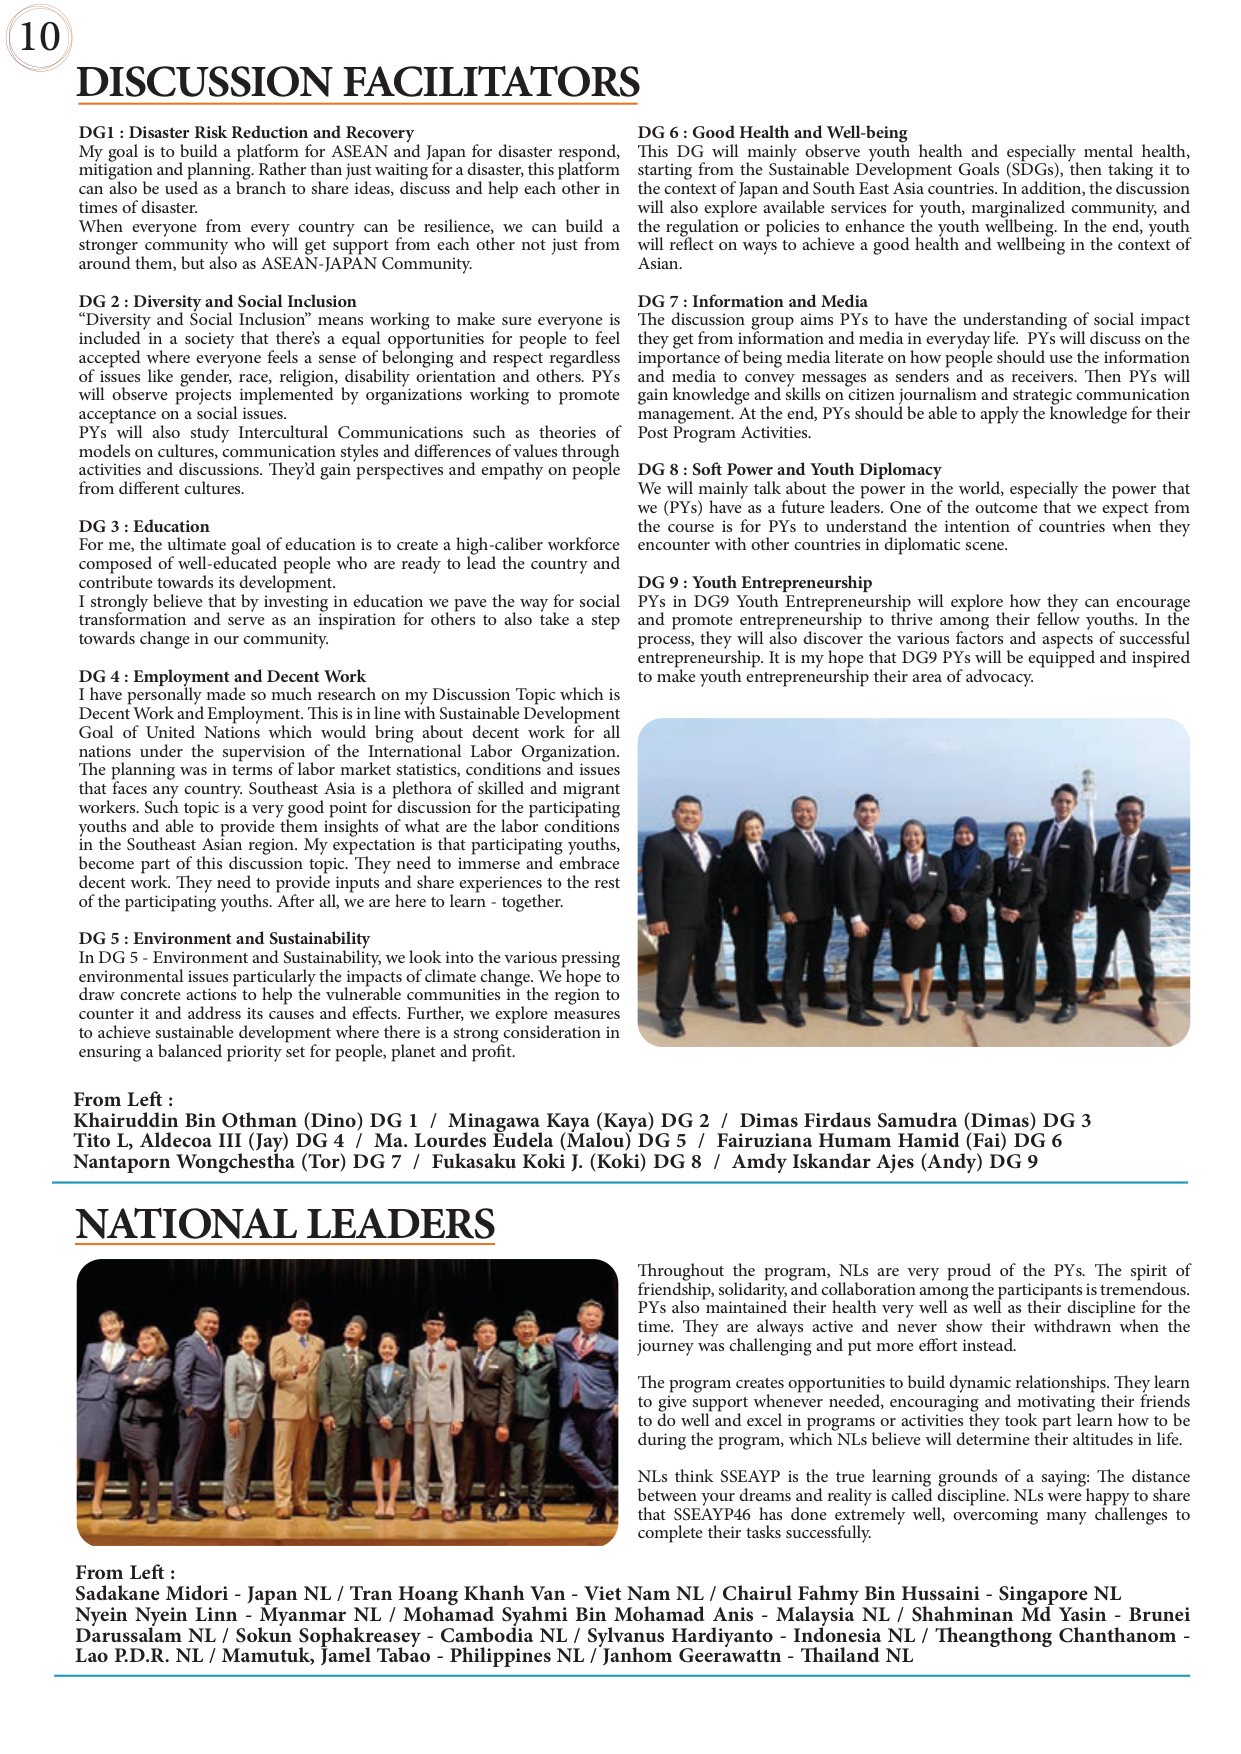
10
DISCUSSION FACILITATORS
DG1 : Disaster Risk Reduction and Recovery
My goal is to build a platform for ASEAN and Japan for disaster respond, mitigation and planning. Rather than just waiting for a disaster, this platform can also be used as a branch to share ideas, discuss and help each other in times of disaster.
When everyone from every country can be resilience, we can build a stronger community who will get support from each other not just from around them, but also as ASEAN-JAPAN Community.
DG 2 : Diversity and Social Inclusion
"Diversity and Social Inclusion" means working to make sure everyone is included in a society that's equal opportunities for people to feel accepted where everyone feels a sense of belonging and respect regardless of issues like gender, race, religion, disability orientation and others. PYs will observe projects implemented by organizations working to promote acceptance on a social issues.
PYs will also study Intercultural Communications such as theories of models on cultures, communication styles and differences of values through activities and discussions. They'd gain perspectives and empathy on people from different cultures.
DG 3 : Education
For me, the ultimate goal of education is to create a high-caliber workforce composed of well-educated people who are ready to lead the country and contribute toward its development.
I strongly believe that by investing in education we pave the way for social transformation and serve as an inspiration for others to also take a step towards change in our community.
DG 4 : Employment and Decent Work
I have personally made so much research on my Discussion Topic which is Decent Work and Employment. This is in line with Sustainable Development Goal of United Nations which would bring about decent work for all nations under the supervision of the International Labor Organization. The planning was in terms of labor market statistics, conditions and issues that faces any country. Southeast Asia is a plethora of skilled and migrant workers. Such topic is a very good point for discussion for the participating youths and able to provide them insights of what are the labor conditions in the Southeast Asian region. My expectation is that participating youths, become part of this discussion topic. They need to immerse and embrace decent work. They need to provide inputs and share experiences to the rest of the participating youths. After all, we are here to learn - together.
DG 5 : Environment and Sustainability
In DG 5 - Environment and Sustainability, we look into the various pressing environmental issues particularly the impacts of climate change. We hope to draw concrete actions to help the vulnerable communities in the region to counter and address its causes and effects. Further, we explore measures to achieve sustainable development where there is a strong consideration in ensuring a balanced priority set for people, planet and profit.
DG 6 : Good Health and Well-being
This DG will mainly observe youth health and especially mental health, starting from the Sustainable Development Goals (SDGs), then taking it to the context of Japan and South East Asia countries. In addition, the discussion will also explore available services for youth, marginalized community, and the regulation or policies to enhance the youth wellbeing. In the end, youth will reflect on ways to achieve a good health and wellbeing in the context of Asian.
DG 7 : Information and Media
The discussion group aims PYs to have the understanding of social impact they get from information and media in everyday life. PYs will discuss on the importance of being media literate on how people should use the information and media to convey messages as senders and as receivers. Then PYs will gain knowledge and skills on citizen journalism and strategic communication management. At the end, PYs should be able to apply the knowledge for their Post Program Activities.
DG 8 : Soft Power and Youth Diplomacy
We will mainly talk about the power in the world, especially the power that we (PYs) have as a future leaders. One of the outcome that we expect from the course is for PYs to understand the intention of countries when they encounter with other countries in diplomatic scene.
DG 9 : Youth Entrepreneurship
PYs in DG9 Youth Entrepreneurship will explore how they can encourage and promote entrepreneurship to thrive among their fellow youths. In the process, they will also discover the various factors and aspects of successful entrepreneurship. It is my hope that DG9 PYs will be equipped and inspired to make youth entrepreneurship their area of advocacy.
From Left :
Khairuddin Bin Othman (Dino) DG 1 / Minagawa Kaya (Kaya) DG 2 / Dimas Firdaus Samudra (Dimas) DG 3
Tito L, Aldecoa III (Jay) DG 4 / Ma. Lourdes Eudela (Malou) DG 5 / Fairuziana Humam Hamid (Fai) DG 6
Nantaporn Wongchestha (Tor) DG 7 / Fukasaku Koki J. (Koki) DG 8 / Amy Iskandar Ajes (Andy) DG 9
NATIONAL LEADERS
Throughout the program, NLs are very proud of the PYs. The spirit of friendship, solidarity, and collaboration among the participants is tremendous. PYs also maintained their health very well as well as their discipline for the time. They are always active and never show their withdrawn when the journey was challenging and put more effort instead.
The program creates opportunities to building dynamic relationships. They learn to give support whenever needed, encouraging and motivating their friends to do well and excel in programs or activities they took part learn how to be during the program, which NLs believe will determine their attitudes in life.
NLs think SSEAYP is the true learning grounds of a saying: The distance between your dreams and reality is called discipline. NLs were happy to share that SSEAYP46 has done extremely well, overcoming many challenges to complete their tasks successfully.
From Left :
Sadakane Midori - Japan NL / Tran Hoang Khanh Van - Viet Nam NL / Chairul Fahmy Bin Hussaini - Singapore NL
Nyein Nyein Linn - Myanmar NL / Mohamad Syahmi Bin Mohamad Anis - Malaysia NL / Shahminan Md Yasin - Brunei Darussalam NL / Sokun Sophakreasey - Cambodia NL / Sylvanus Hardiyanto - Indonesia NL / Theangthong Chanthanom - Lao P.D.R. NL / Mamutuk, Jamel Tabao - Philippines NL / Janhom Geerawattn - Thailand NL